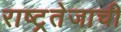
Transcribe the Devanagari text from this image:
राष्ट्रतेजाची